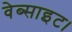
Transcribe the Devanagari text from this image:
वेब्साइट।